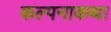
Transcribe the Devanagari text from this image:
कल्पनाकथा